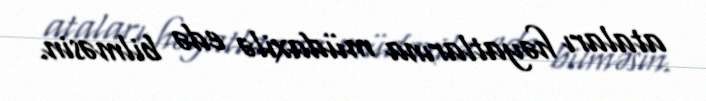
ataları həyatlarına müdaxilə edə bilməsin.